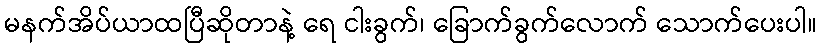
မနက်အိပ်ယာထပြီဆိုတာနဲ့ ရေ ငါးခွက်၊ ခြောက်ခွက်လောက် သောက်ပေးပါ။